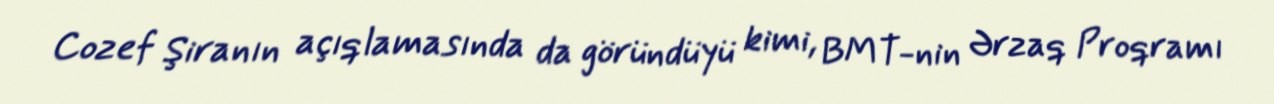
Cozef Şiranın açıqlamasında da göründüyü kimi, BMT-nin Ərzaq Proqramı